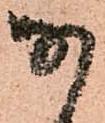
な